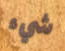
شيء